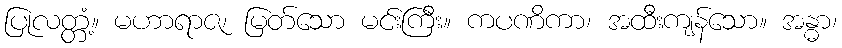
ပြုလတ္တံ့။ မဟာရာဇ၊ မြတ်သော မင်းကြီး။ ကပဏိကာ၊ အထီးကျန်သော။ အန္ဓာ၊